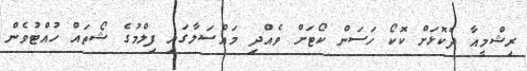
ރިޝްމީއާ ދެކޮޅަށް ކޮކޯ ހަސަން ކޯޓަށް ވެއްދި މައްސަލާގައި ފިލްމުގެ ޝޯތައް ހުއްޓުވެން